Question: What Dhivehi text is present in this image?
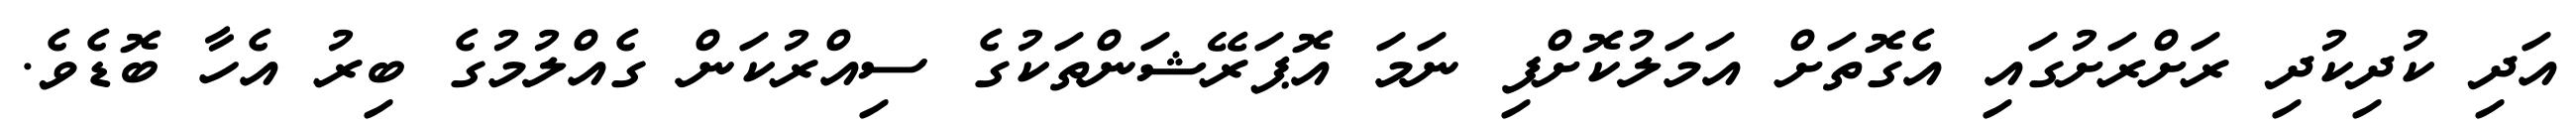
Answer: އަދި ކުދިކުދި ރަށްރަށުގައި އެގޮތަށް އަމަލުކޮށްފި ނަމަ އޮޕަރޭޝަންތަކުގެ ސިއްރުކަން ގެއްލުމުގެ ބިރު އެހާ ބޮޑެވެ.